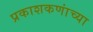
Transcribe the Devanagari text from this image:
प्रकाशकणांच्या